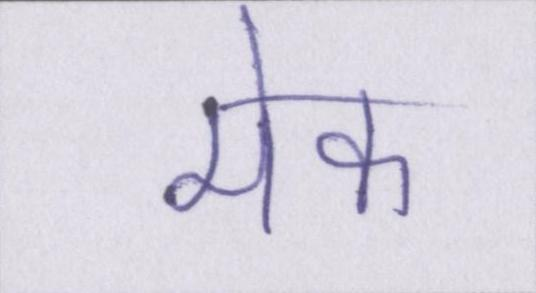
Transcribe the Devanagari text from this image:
मेक